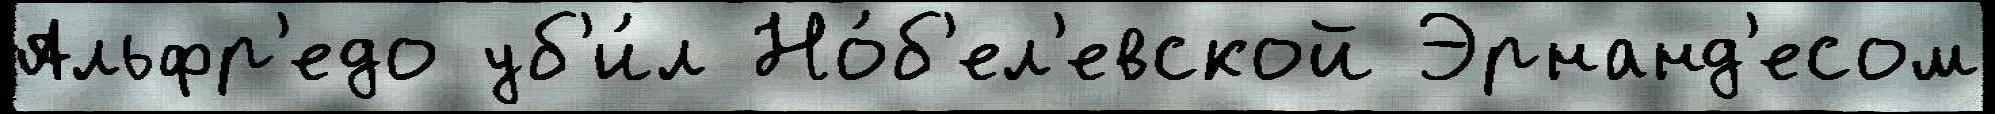
Альфр'едо уб'и́л Но́б'ел'евской Эрнанд'есом